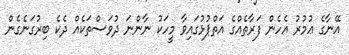
އޭނާގެ ޢުމުރު އެހެން ފަރާތެއްގެ އަތްޕުޅުގައިވާ މީހަކު ނާންނަ ދުވަސްތަކެއް ދެކެ ބިރުގަނެގެން